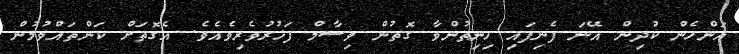
އަންހެން ކުދިން އޭނަ ފެނިފައި ހިނިތުންވާ ގޮތުން ވިސާމް ފަޚުރުވެރިވެއެވެ. އެގޮތަށް ކަންތައްވުމުން